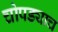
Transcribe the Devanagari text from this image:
चोपड्याच